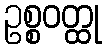
ဥစ္စဝတ္ထု